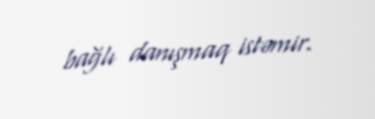
bağlı danışmaq istəmir.